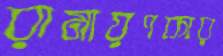
রামায়ণকার